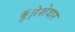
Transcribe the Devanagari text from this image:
हैं।रेशेदार